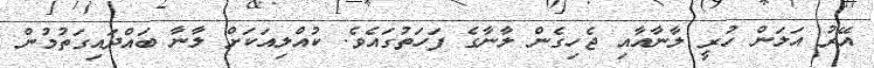
އޭރު އަލަން ހުރީ ލާނާއާއި ޖެހިގެން ލާނާގެ ފަހަތުގައެވެ. ކުއްލިއަކަށް ލާނާ ބައްދައިގަތުމުން